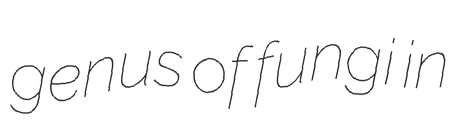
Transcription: genus of fungi in